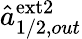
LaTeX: \hat{a}_{1/2,out}^{\mathrm{ext2}}